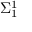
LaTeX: \Sigma _ { 1 } ^ { 1 }